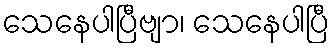
သေနေပါပြီဗျာ၊ သေနေပါပြီ